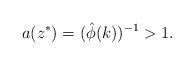
LaTeX: \begin{align*} a(z^*)=(\hat{\phi}(k))^{-1}>1 .\end{align*}